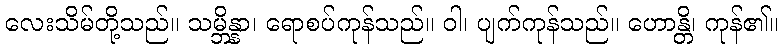
လေးသိမ်တို့သည်။ သမ္ဘိန္နာ၊ ရောစပ်ကုန်သည်။ ဝါ၊ ပျက်ကုန်သည်။ ဟောန္တိ၊ ကုန်၏။